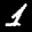
Label: 1